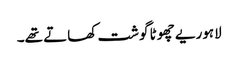
لاہوریے چھوٹا گوشت کھاتے تھے۔